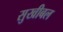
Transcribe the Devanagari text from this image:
सुखीबल